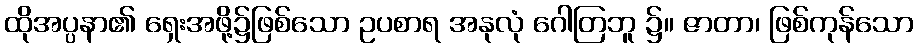
ထိုအပ္ပနာ၏ ရှေးအဖို့၌ဖြစ်သော ဥပစာရ အနုလုံ ဂေါတြဘူ ၌။ ဇာတာ၊ ဖြစ်ကုန်သော